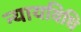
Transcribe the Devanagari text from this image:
न्यायविधि